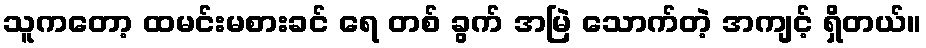
သူကတော့ ထမင်းမစားခင် ရေ တစ် ခွက် အမြဲ သောက်တဲ့ အကျင့် ရှိတယ်။